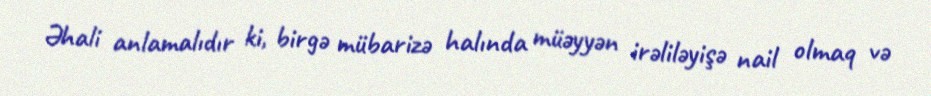
Əhali anlamalıdır ki, birgə mübarizə halında müəyyən irəliləyişə nail olmaq və